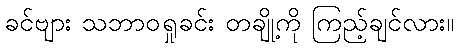
ခင်ဗျား သဘာဝရှုခင်း တချို့ကို ကြည့်ချင်လား။